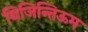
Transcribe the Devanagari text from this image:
बिजिन्तिऊम